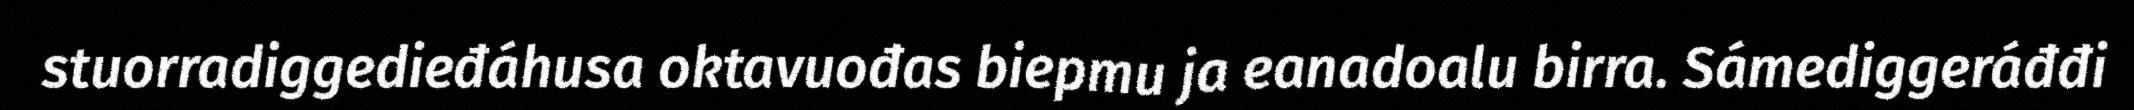
stuorradiggedieđáhusa oktavuođas biepmu ja eanadoalu birra. Sámediggeráđđi